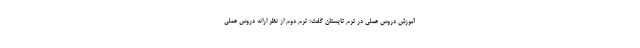
آموزش دروس عملی در ترم تابستان گفت: ترم دوم از نظر ارائه دروس عملی